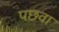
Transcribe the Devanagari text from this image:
पछवा